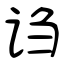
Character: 诌